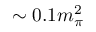
\sim 0 . 1 m _ { \pi } ^ { 2 }